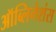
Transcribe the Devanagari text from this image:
ऑब्लिगेशंस